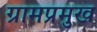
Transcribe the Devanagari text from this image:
ग्रामप्रमुख